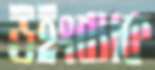
উইংব্যাক